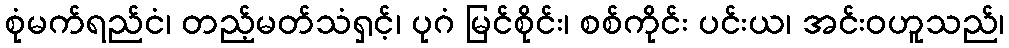
စုံမက်ရည်ငံ၊ တည့်မတ်သံရှင့်၊ ပုဂံ မြင်စိုင်း၊ စစ်ကိုင်း ပင်းယ၊ အင်းဝဟူသည်၊